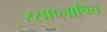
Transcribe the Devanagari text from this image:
रसाप्लावित